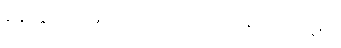
နေတ္တိ-ဋ္ဌ-၉၄၊ ပါ-၂၆။ ဗလဝကာရဏံ၊ ဋ္ဌ-၃၉။